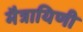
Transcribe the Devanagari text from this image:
मैत्रायिणी